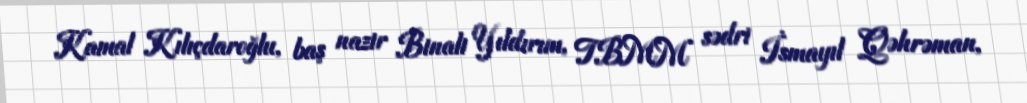
Kamal Kılıçdaroğlu, baş nazir Binali Yıldırım, TBMM sədri İsmayıl Qəhrəman,